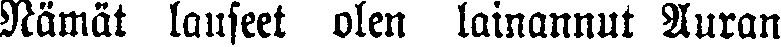
Nämät lauseet olen lainannut Auran